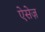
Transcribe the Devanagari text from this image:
ऐसेज़